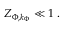
Z _ { \Phi , k _ { \Phi } } \ll 1 \; .